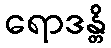
ရောဒန္တိ